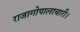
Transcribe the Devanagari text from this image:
राजागोपालाचारी।